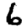
Digit: 6